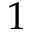
1